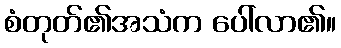
စံတုတ်၏အသံက ပေါ်လာ၏။